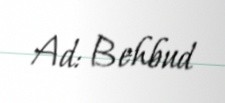
Ad: Behbud